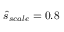
\hat { s } _ { s c a l e } = 0 . 8